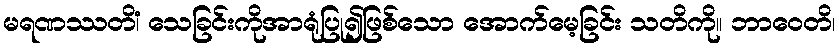
မရဏဿတိံ၊ သေခြင်းကိုအာရုံပြု၍ဖြစ်သော အောက်မေ့ခြင်း သတိကို။ ဘာဝေတိ၊